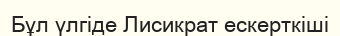
Бұл үлгіде Лисикрат ескерткіші